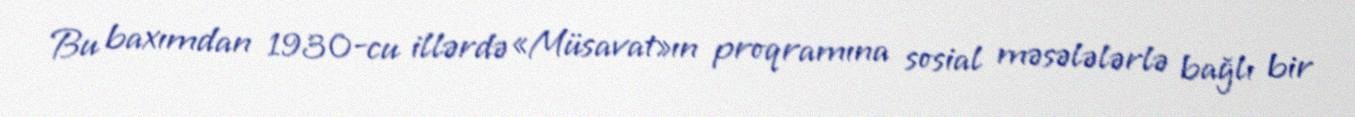
Bu baxımdan 1930-cu illərdə «Müsavat»ın proqramına sosial məsələlərlə bağlı bir